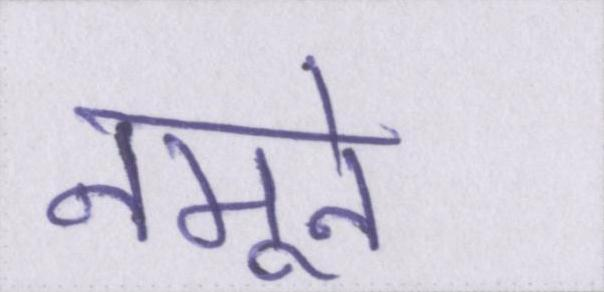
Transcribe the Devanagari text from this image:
नमूने